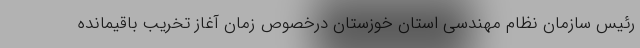
رئیس سازمان نظام مهندسی استان خوزستان درخصوص زمان آغاز تخریب باقیمانده